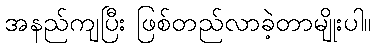
အနည်ကျပြီး ဖြစ်တည်လာခဲ့တာမျိုးပါ။